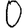
Digit: 0